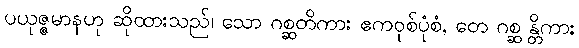
ပယုဇ္ဇမာနဟု ဆိုထားသည်၊ သော ဂစ္ဆတိကား ဧကဝုစ်ပုံစံ, တေ ဂစ္ဆ န္တိကား